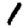
Digit: 1